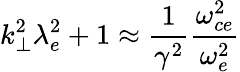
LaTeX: k_{\perp}^{2}\lambda_{e}^{2}+1\approx\frac{1}{\gamma^{2}}\frac{\omega_{ce}^{2}}{\omega_{e}^{2}}